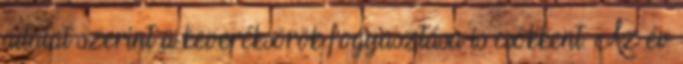
adatai szerint a keveréksörök fogyasztása is csökkent. Az év